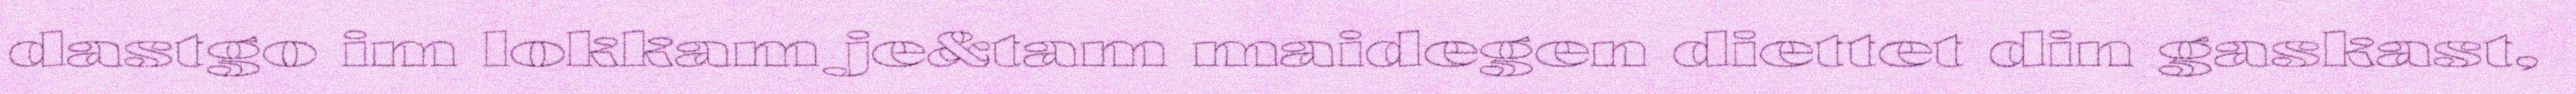
dastgo im lokkam je&tam maidegen diettet din gaskast,